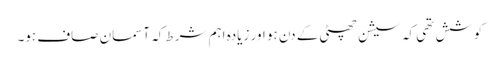
کوشش تھی کہ سیشن چھٹی کے دن ہو اور زیادہ اہم شرط کہ آسمان صاف ہو۔